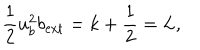
\frac { 1 } { 2 } u _ { b } ^ { 2 } b _ { \mathrm { e x t } } = k + \frac { 1 } { 2 } = L ,